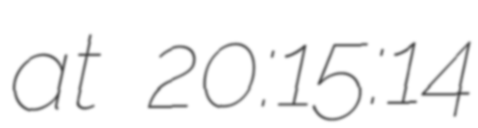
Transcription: at 20:15:14